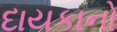
દાયકાનો